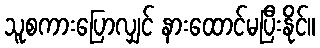
သူစကားပြောလျှင် နားထောင်မပြီးနိုင်။